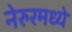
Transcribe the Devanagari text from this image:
नेरुरमध्ये